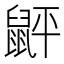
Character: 䶄